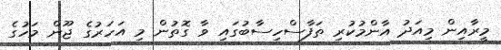
މީރާއިން މިއަދު އާންމުކުރި ތަފާސްހިސާބުގައި ވާ ގޮތުން މި އަހަރުގެ ޖޫން މަހުގެ